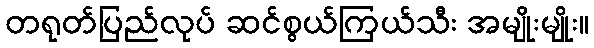
တရုတ်ပြည်လုပ် ဆင်စွယ်ကြယ်သီး အမျိုးမျိုး။